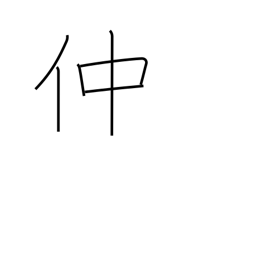
Meaning: go-between